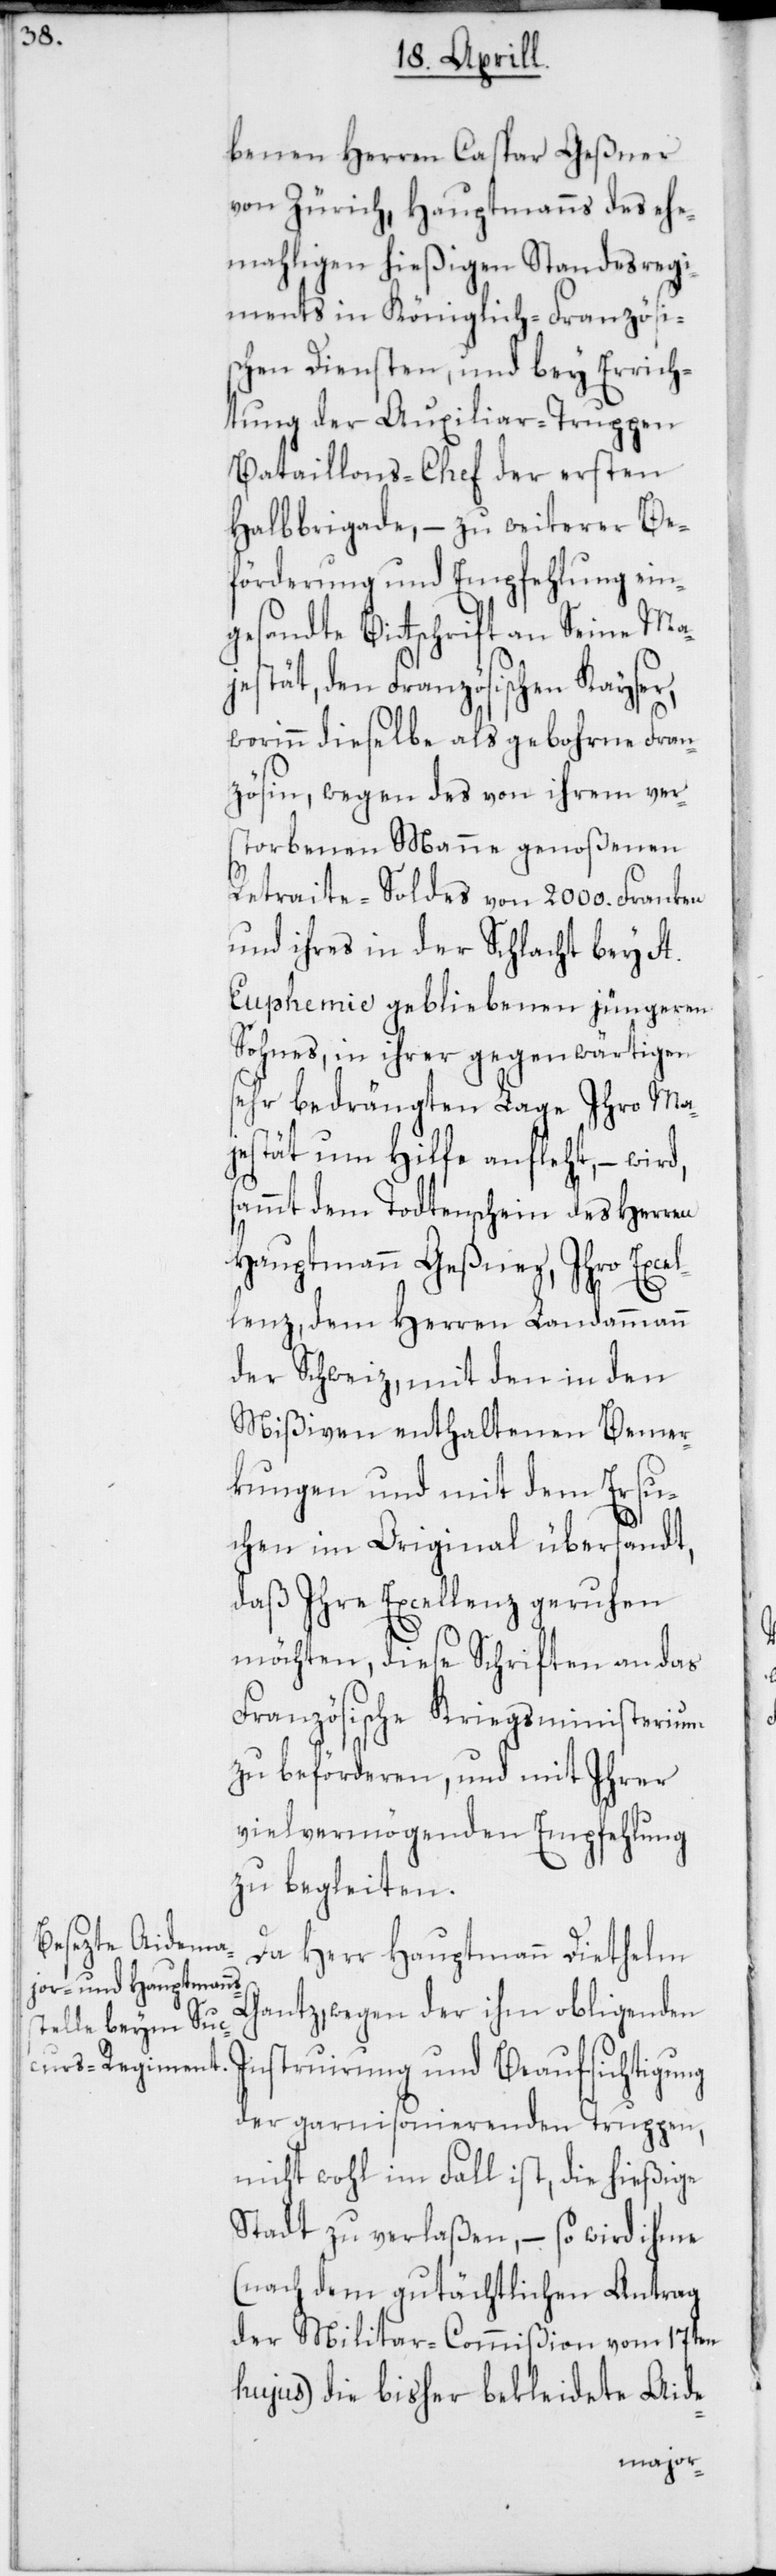
benen Herren Caspar Geßner
von Zürich, Hauptmanns des ehe¬
mahligen hießigen Standesregi¬
ments in Königlich-Französi¬
schen Diensten, und bey Errich¬
tung der Auxiliar-Truppen
Bataillons-Chef der ersten
Halbbrigade, – zu weiterer Be¬
förderung und Empfehlung ein¬
gesandte Bitschrift an Seine Ma¬
jestät, den Französischen Kayser,
worinn dießelbe als gebohrne Fran¬
zösin, wegen des von ihrem ver¬
storbenen Manne genoßenen
Retraite-Soldes von 2000. Franken
und ihres in der Schlacht bey St.
Euphemie gebliebenen jüngeren
Sohnes, in ihrer gegenwärtigen
sehr bedrängten Lage Ihro Maj¬
estät um Hilfe anfleht, – wird,
sammt dem Todtenschein des Herren
Hauptmann Geßner, Ihro Excel¬
lenz dem Herren Landammann
der Schweiz, mit den in den
Mißiven enthaltenen Bemer¬
kungen und mit dem Ersu¬
chen im Original übersandt,
daß Ihre Excellenz geruhen
möchten, diese Schriften an das
Französische Kriegsministerium
zu beförderen, und mit ihrer
vielvermögenden Empfehlung
zu begleiten.
Da Herr Hauptmann Diethelm
Gantz, wegen der ihm obligenden
Instruierung und Beaufsichtigung
der garnisonierenden Truppen,
nicht wohl im Fall ist, die hießige
Stadt zu verlaßen, – so wird ihme
(nach dem gutächtlichen Antrag
der Militar-Commißion vom 17ten
hujus) die bisher bekleidete Aide-